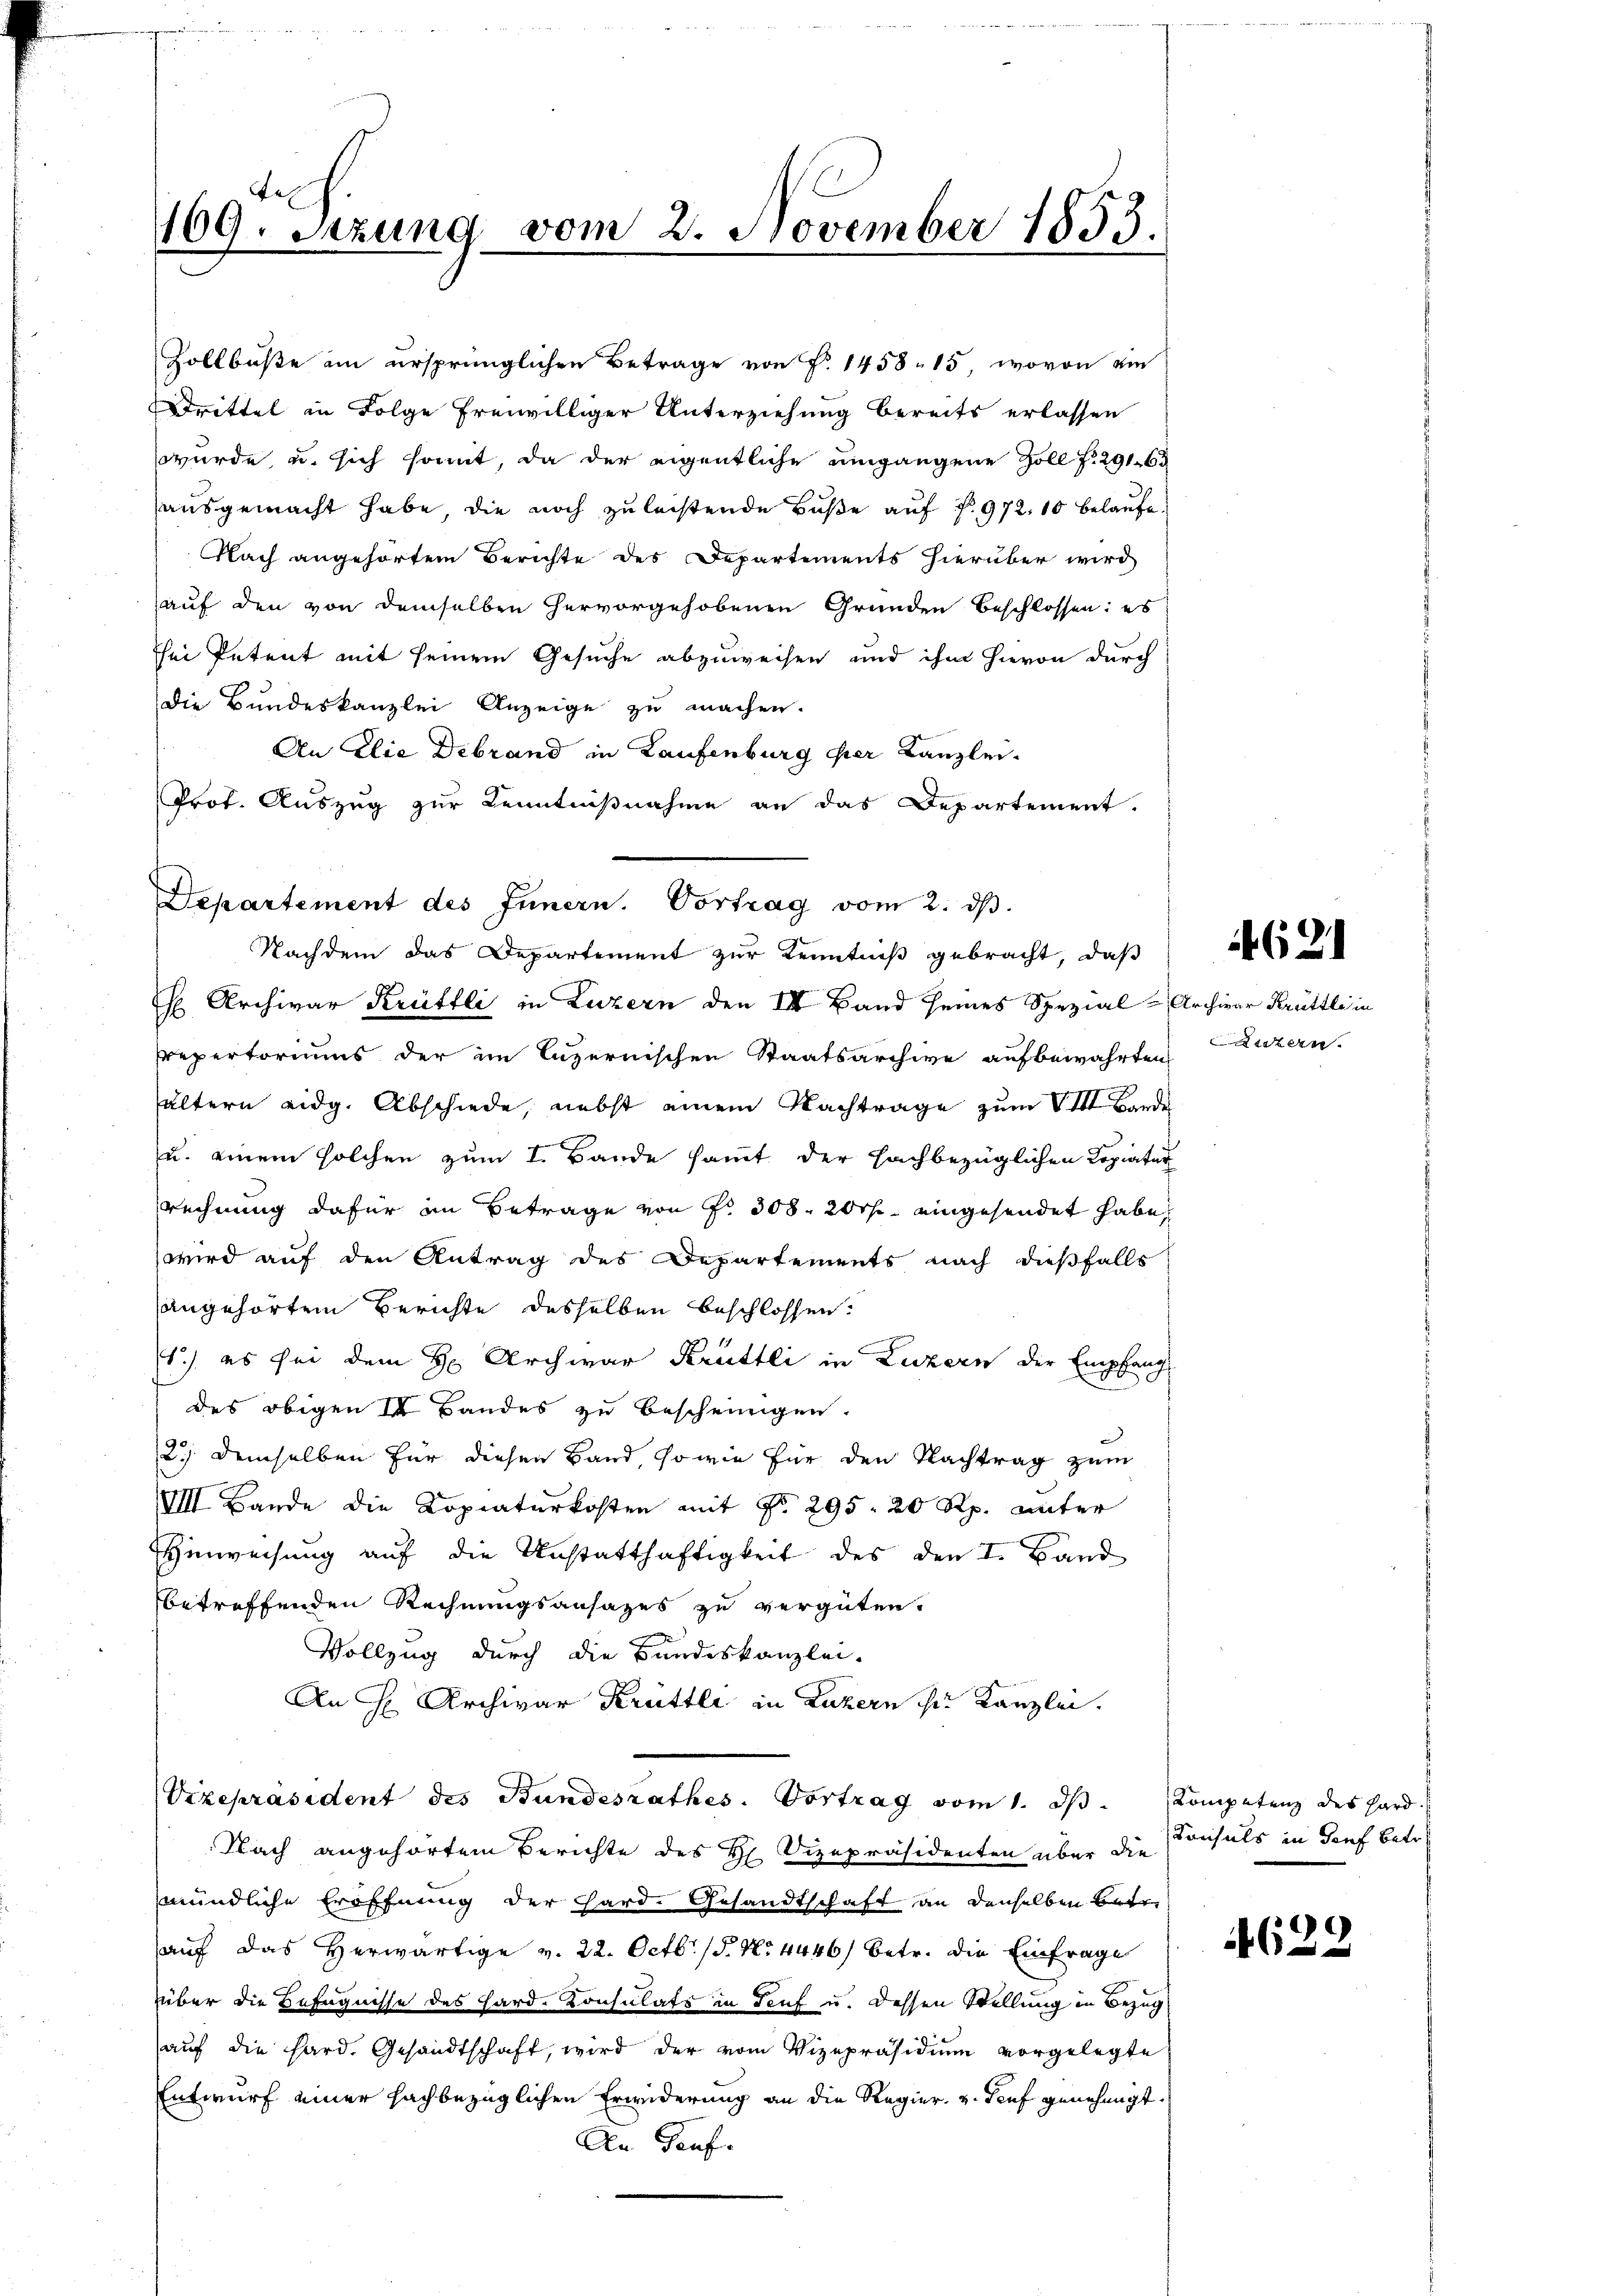
Gel
109. Setzung vom 2. November 1853.

Zollbuße ein ursprünglichen Betrage von P. 1458 - 15 wovon ein
Drittel in Folge freiwilliger Unterziehung bereits erlassen
wurde, u. sich somit, da der eigentliche umgangene Zoll f. 291. 6
ausgemacht habe, die noch zu leistende Buße auf § 972, 10 belaufe.
Nach angehörtem Berichte des Departements hierüber wird
auf den von demselben hervorgehobenen Gründen beschlossen: es
Thei Petent mit seinem Gesuche abzuweisen und ihm hievon durch
Die Bundeskanzlei Anzeige zu machen.
An Elie Debrand in Laufenburg per Kanzlei-
Prot. Auszug zur Kenntnißnahme an das Departement.
H Archivar Krüttli in Luzern den III Band seines Spezial-Archivar Krüttli in
repertoriums der im Luzernischen Staatsarchive aufbewahrten Luzern.
hältern eidg. Abschiede, nebst einem Nachträge zum VIII Bande
u. einem solchen zum I. Bande sammt der Fachbezüglichen Copiatur
rechnung dafür im Betrage von Fr. 308. 200fr. eingesendet habe,
wird auf den Antrag des Departements nach dießfalls
angehörtem Berichte desselben beschlossen:
1.) es sei dem H. Archwar Krüttli in Luzern der Empfang
des obigen in Bandes zu bescheinigen.
2.) Demselben für diesen Band, so wie für den Nachtrag zum
VI Bande die Kopiaturkosten mit No. 295. 20 Rp. unter
Hinweisung auf die Anstatthaftigkeit des den I. Band
betreffenden Rechnungsansazes zu vergüten.
Vollzug durch die Bundeskanzlei-
An H Archivar Krüttli in Luzern sie Kanzlei.
Vizepräsident des Bundesrathes. Vortrag vom 1. ds. Kompetenz des Hard
Nach angehörtem Berichte des H. Vizepräsidenten über die Konsuls in dorf betr.
mündliche Eröffnung der Hard. Gesandtschaft an denselben Betr
auf das herwärtige v. 22. Octbr. 15. No. 4446) betr. die Einfrage
über die Befugnisse des Hard. Konsulats in Teuf u. dessen Stellung in Bezug
aŭf die hard. Gesandtschaft, wird der vom Vizepräsidium vorgelegte
Entwurf einer sachbezüglichen Erwiderung an die Regier- u. Teuf genehmigt.
An Genf.

Departement des Innern. Vortrag vom 2. dβ.
Nachdem das Departement zur Kenntniß gebracht, daß

621

4629